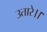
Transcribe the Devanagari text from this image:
उतारे।।